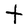
Character: T